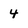
Character: 4